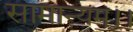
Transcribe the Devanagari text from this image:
सामान्यम्।।